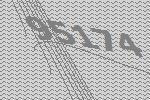
95174